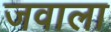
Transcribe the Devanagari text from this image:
जवाला